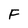
Character: F